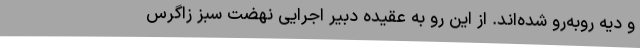
و دیه روبه‌رو شده‌اند. از این رو به عقیده دبیر اجرایی نهضت سبز زاگرس